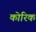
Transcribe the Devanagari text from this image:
कोरिक